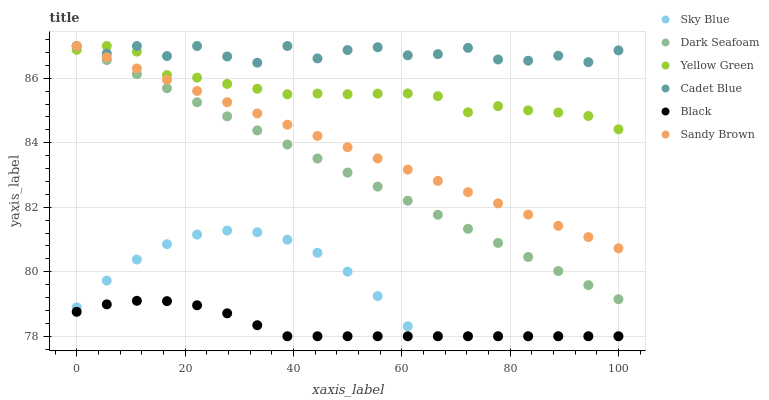
| xaxis_label | Sky Blue | Dark Seafoam | Yellow Green | Cadet Blue | Black | Sandy Brown |
 | --- | --- | --- | --- | --- | --- | --- |
 | 0 | 78.9 | 87 | 86.9 | 87 | 78.8 | 87 |
 | 5.56 | 79.7 | 86.6 | 87 | 86.8 | 79 | 86.7 |
 | 11.1 | 80.4 | 86.1 | 86.8 | 87 | 79.1 | 86.3 |
 | 16.7 | 80.9 | 85.7 | 86.1 | 86.7 | 79.1 | 86 |
 | 22.2 | 81.2 | 85.3 | 86 | 87 | 79 | 85.6 |
 | 27.8 | 81.3 | 84.8 | 85.8 | 86.7 | 78.7 | 85.3 |
 | 33.3 | 81.2 | 84.4 | 85.7 | 86.5 | 78.3 | 84.9 |
 | 38.9 | 81 | 83.9 | 85.5 | 87 | 78 | 84.6 |
 | 44.4 | 80.6 | 83.5 | 85.5 | 86.6 | 78 | 84.2 |
 | 50 | 80 | 83.1 | 85.5 | 86.9 | 78 | 83.9 |
 | 55.6 | 79.2 | 82.6 | 85.5 | 87 | 78 | 83.5 |
 | 61.1 | 78.3 | 82.2 | 85.5 | 86.7 | 78 | 83.2 |
 | 66.7 | 78 | 81.8 | 85.4 | 86.7 | 78 | 82.8 |
 | 72.2 | 78 | 81.3 | 84.9 | 86.9 | 78 | 82.5 |
 | 77.8 | 78 | 80.9 | 85.1 | 86.6 | 78 | 82.1 |
 | 83.3 | 78 | 80.5 | 85 | 86.5 | 78 | 81.8 |
 | 88.9 | 78 | 80 | 84.9 | 86.7 | 78 | 81.4 |
 | 94.4 | 78 | 79.6 | 84.8 | 86.5 | 78 | 81.1 |
 | 100 | 78 | 79.1 | 84.4 | 86.9 | 78 | 80.7 |